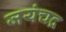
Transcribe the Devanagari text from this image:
जयंचद्र